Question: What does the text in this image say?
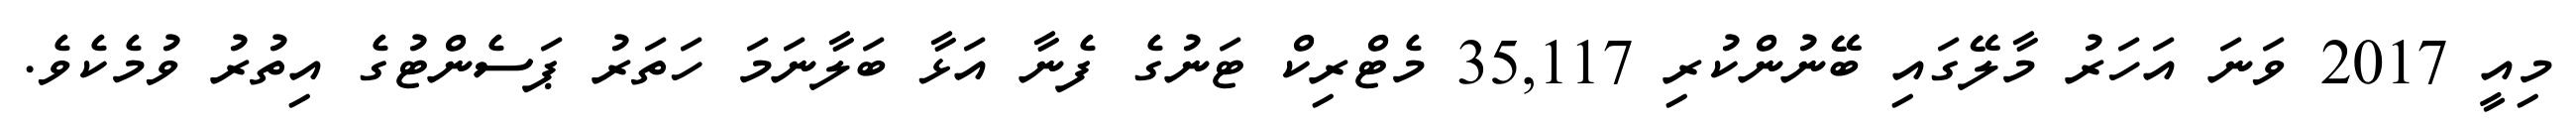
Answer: މިއީ 2017 ވަނަ އަހަރު މާލޭގައި ބޭނުންކުރި 35,117 މެޓްރިކް ޓަނުގެ ފެނާ އަޅާ ބަލާނަމަ ހަތަރު ޕަސެންޓުގެ އިތުރު ވުމެކެވެ.